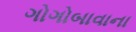
ગોગોબાવાના